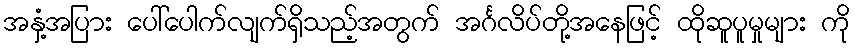
အနှံ့အပြား ပေါ်ပေါက်လျက်ရှိသည့်အတွက် အင်္ဂလိပ်တို့အနေဖြင့် ထိုဆူပူမှုများ ကို